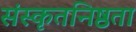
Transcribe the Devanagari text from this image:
संस्कृतनिष्ठता